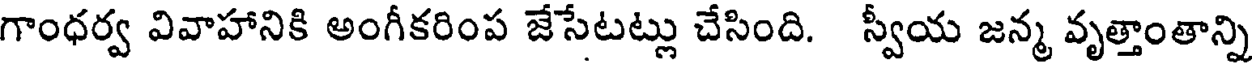
గాంధర్వ వివాహానికి అంగీకరింప జేసేటట్లు చేసింది. స్వీయ జన్మ వృత్తాంతాన్ని